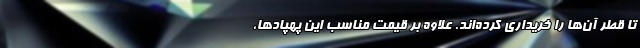
تا قطر آن‌ها را خریداری کرده‌اند. علاوه بر قیمت مناسب این پهپادها،